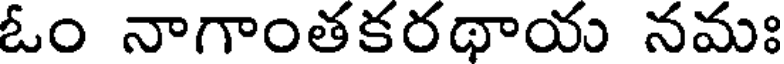
ఓం నాగాంతకరథాయ నమః